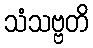
သံသဗ္ဗတိ